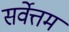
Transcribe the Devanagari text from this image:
सर्वेत्तम